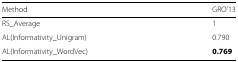
<table><thead><tr><td><b>Method</b></td><td><b>GRO’13</b></td></tr></thead><tbody><tr><td>RS_Average</td><td>1</td></tr><tr><td>AL(Informativity_Unigram)</td><td>0.790</td></tr><tr><td>AL(Informativity_WordVec)</td><td><b>0.769</b></td></tr></tbody></table>